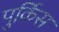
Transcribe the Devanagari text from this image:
पुर्किस